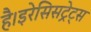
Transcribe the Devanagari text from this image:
है।इरेसिसट्रेट्स